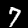
Label: 7